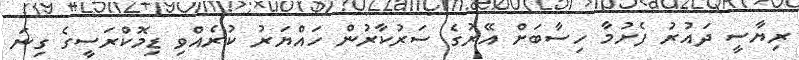
ރިޔާސީ ދައުރު ފެށުމާ ހިސާބަށް އޭރުގެ ސަރުކާރުން ހައްޔަރު ކުރެއްވި ޑިމޮކްރަސީގެ ގިނަ